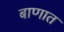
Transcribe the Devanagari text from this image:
बाणात